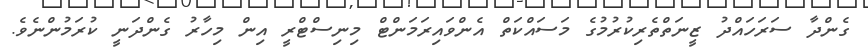
ގެންދާ ސަރަހައްދު ޒީނަތްތެރިކުރުމުގެ މަސައްކަތް އެންވައިރަމަންޓް މިނިސްޓްރީ އިން މިހާރު ގެންދަނީ ކުރަމުންނެވެ.